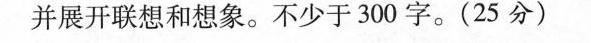
并展开联想和想象。不少于300字。(25分)